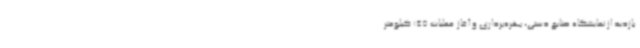
بازدید از نمایشگاه صنایع دستی، بهره‌برداری و آغاز عملیات 145 کیلومتر